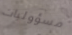
مسؤوليات